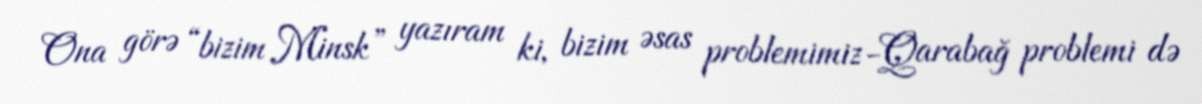
Ona görə “bizim Minsk” yazıram ki, bizim əsas problemimiz-Qarabağ problemi də